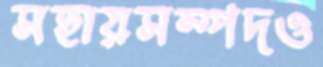
সহায়সম্পদও